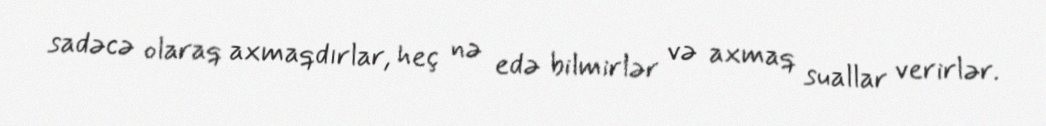
sadəcə olaraq axmaqdırlar, heç nə edə bilmirlər və axmaq suallar verirlər.